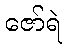
ဇော်ရဲ